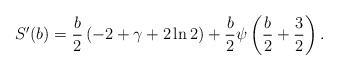
\begin{align*}S'(b)= \frac{b}{2}\,(-2+\gamma+2\ln2)+\frac{b}{2}\psi\left(\frac{b}{2}+\frac{3}{2}\right).\end{align*}